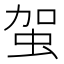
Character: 𧉪